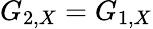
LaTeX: G_{2,X}=G_{1,X}